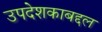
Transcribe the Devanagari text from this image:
उपदेशकाबद्दल